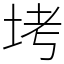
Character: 㘼